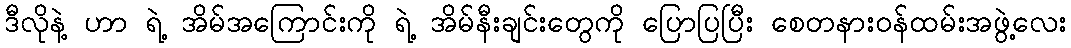
ဒီလိုနဲ့ ဟာ ရဲ့ အိမ်အကြောင်းကို ရဲ့ အိမ်နီးချင်းတွေကို ပြောပြပြီး စေတနားဝန်ထမ်းအဖွဲ့လေး